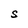
Character: S